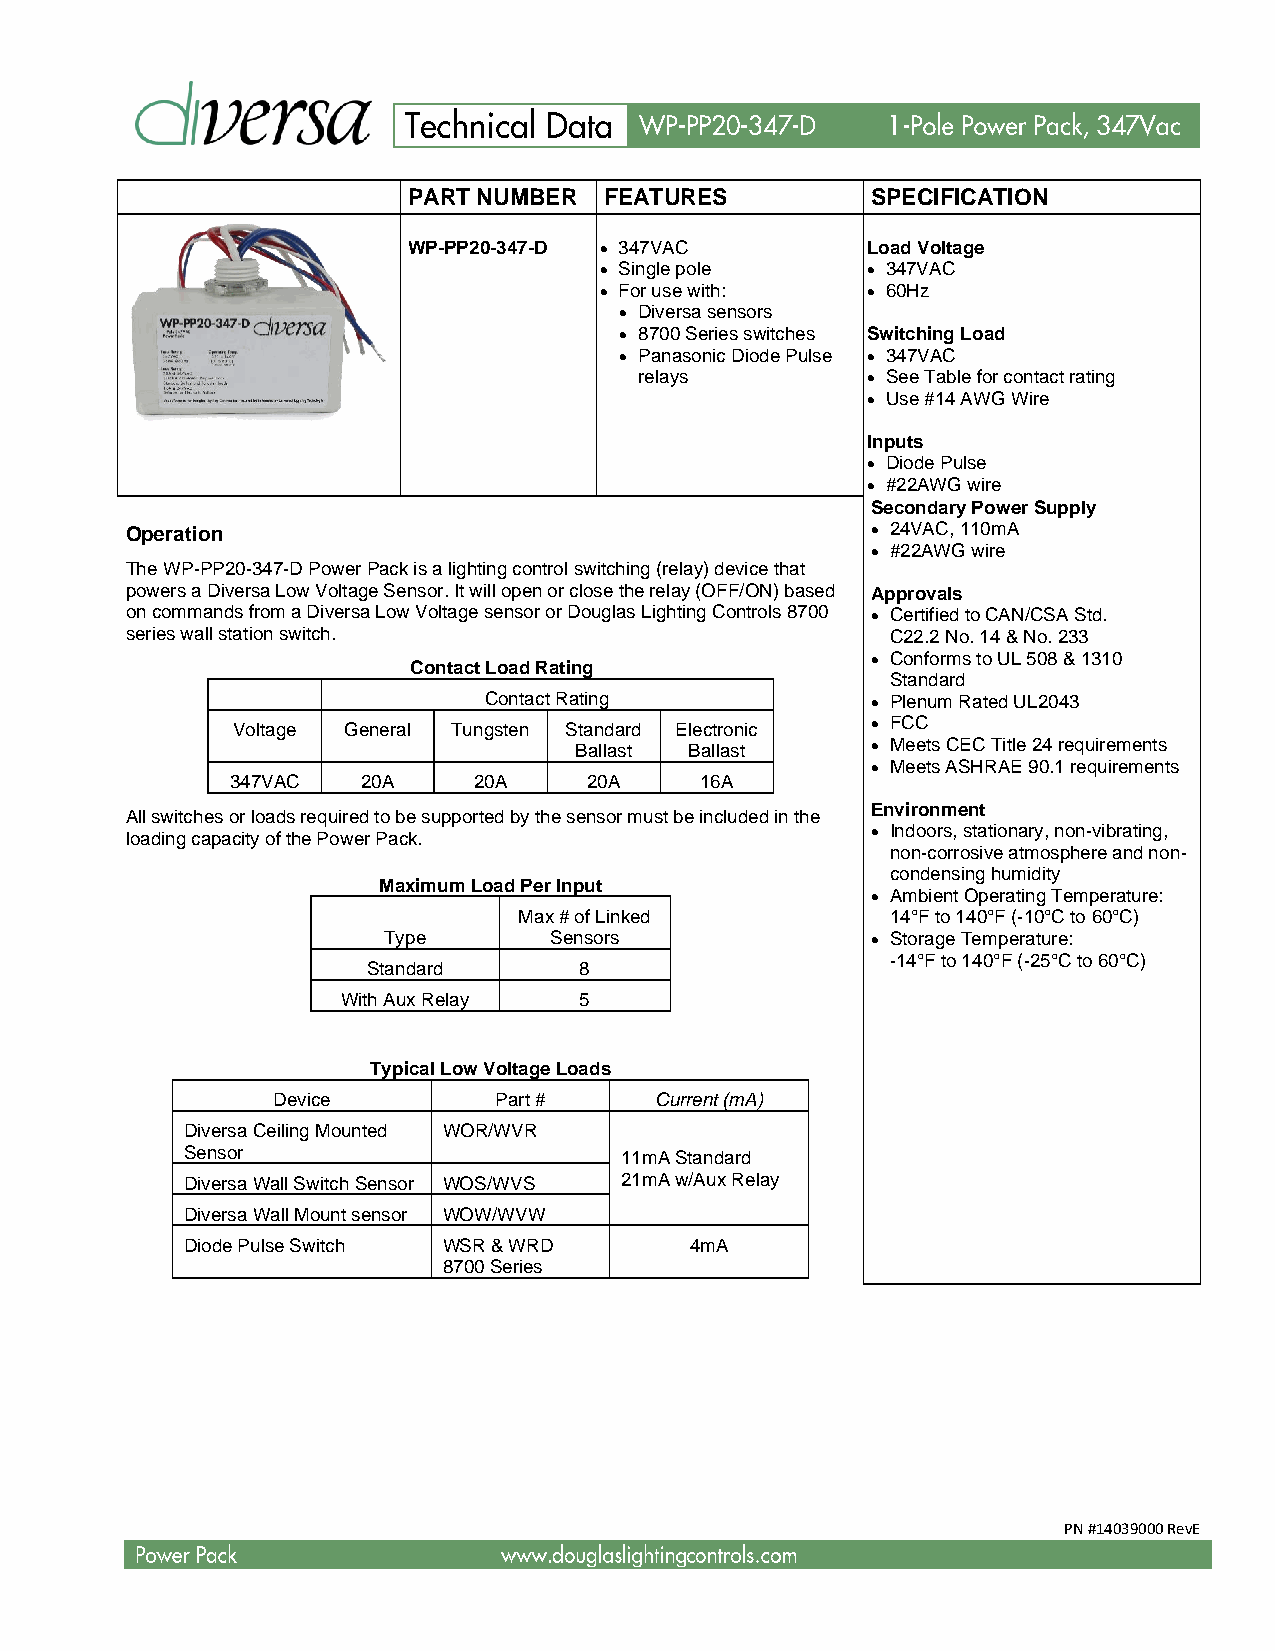
PART NUMBER  FEATURES          SPECIFICATION
 •
 WP-PP20-347-D • 347VAC        Load Voltage
 • Single pole    • 347VAC
 • For use with:  • 60Hz
 • Diversa sensors
 • 8700 Series switches Switching Load
 • Panasonic Diode Pulse • 347VAC
 relays         • See Table for contact rating
 • Use #14 AWG Wire
 Inputs
 • Diode Pulse
 • #22AWG wire
 Secondary Power Supply
 Operation                                         • 24VAC, 110mA
 • #22AWG wire
 The WP-PP20-347-D Power Pack is a lighting control switching (relay) device that
 powers a Diversa Low Voltage Sensor. It will open or close the relay (OFF/ON) based Approvals
 on commands from a Diversa Low Voltage sensor or Douglas Lighting Controls 8700 • Certified to CAN/CSA Std.
 series wall station switch.                        C22.2 No. 14 & No. 233
 • Conforms to UL 508 & 1310
 Contact Load Rating
 Standard
 Contact Rating            • Plenum Rated UL2043
 Voltage General Tungsten Standard Electronic • FCC
 Ballast Ballast     • Meets CEC Title 24 requirements
 • Meets ASHRAE 90.1 requirements
 347VAC   20A    20A     20A    16A
 Environment
 All switches or loads required to be supported by the sensor must be included in the
 • Indoors, stationary, non-vibrating,
 loading capacity of the Power Pack.
 non-corrosive atmosphere and non-
 condensing humidity
 Maximum Load Per Input
 • Ambient Operating Temperature:
 Max # of Linked          14°F to 140°F (-10°C to 60°C)
 Type       Sensors               • Storage Temperature:
 -14°F to 140°F (-25°C to 60°C)
 Standard      8
 With Aux Relay 5
 Typical Low Voltage Loads
 Device         Part #    Current (mA)
 Diversa Ceiling Mounted WOR/WVR
 Sensor                       11mA Standard
 Diversa Wall Switch Sensor WOS/WVS 21mA w/Aux Relay
 Diversa Wall Mount sensor WOW/WVW
 Diode Pulse Switch WSR & WRD      4mA
 8700 Series
 PN #14039000 RevE